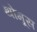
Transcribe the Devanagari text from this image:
थोमूस